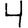
Digit: 4